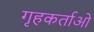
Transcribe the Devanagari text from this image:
गृहकर्ताओ